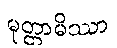
မုတ္တာမိဿာ